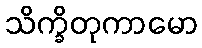
သိက္ခိတုကာမော